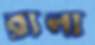
রালা